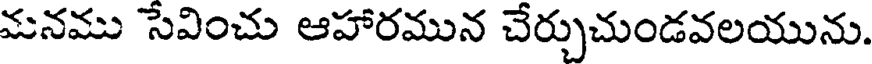
మనము సెవించు ఆహారమున చేర్చుచుండవలయును.